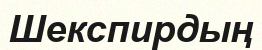
Шекспирдың